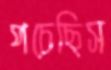
পচেছিস